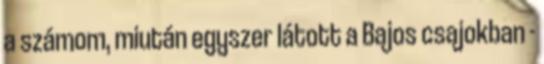
a számom, miután egyszer látott a Bajos csajokban -